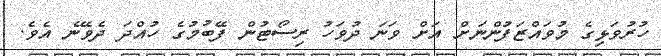
ހުރުވަޅިގެ މުވައްޒަފުންނަށް އަށް ވަނަ ދުވަހު ރިސޯޓުން ފޭބުމުގެ ހުއްދަ ދެވޭނެ އެވެ.